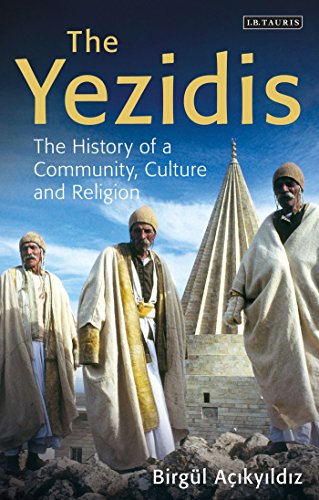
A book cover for The Yezidis: The History of a Community, Culture and Religion; BirgÃ¼l AÃ§ikyildiz; Law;